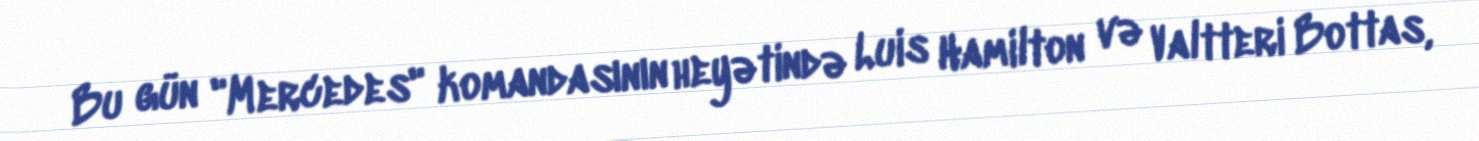
Bu gün "Mercedes" komandasının heyətində Luis Hamilton və Valtteri Bottas,